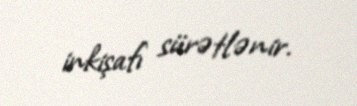
inkişafı sürətlənir.